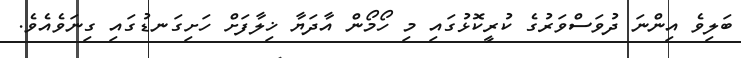
ބަލިވެ އިންނަ ދުވަސްވަރުގެ ކުރީކޮޅުގައި މި ހޯމޯން އާދަޔާ ޚިލާފަށް ހަށިގަނޑުގައި ގިނަވެއެވެ.